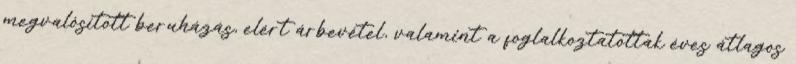
megvalósított beruházás, elért árbevétel, valamint a foglalkoztatottak éves átlagos